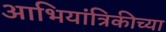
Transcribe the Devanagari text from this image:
आभियांत्रिकीच्या